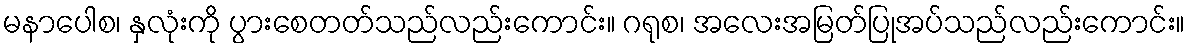
မနာပေါစ၊ နှလုံးကို ပွားစေတတ်သည်လည်းကောင်း။ ဂရုစ၊ အလေးအမြတ်ပြုအပ်သည်လည်းကောင်း။